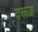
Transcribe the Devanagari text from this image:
दरूज